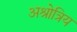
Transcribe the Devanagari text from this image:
अश्रोत्रिय